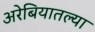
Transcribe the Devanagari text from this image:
अरेबियातल्या